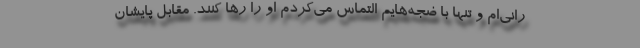
رانی‌ام و تنها با ضجه‌هایم التماس می‌کردم او را رها کنند. مقابل پایشان